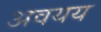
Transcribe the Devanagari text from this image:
अवयय